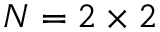
N = 2 \times 2